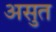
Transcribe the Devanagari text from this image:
असुत